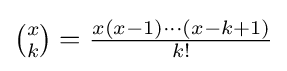
{\textstyle {\binom {x}{k}}={\frac {x(x-1)\cdots (x-k+1)}{k!}}}